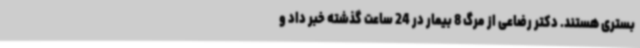
بستری هستند. دکتر رضاعی از مرگ 8 بیمار در 24 ساعت گذشته خبر داد و